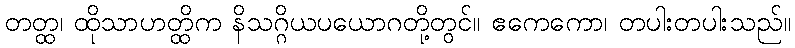
တတ္ထ၊ ထိုသာဟတ္ထိက နိသဂ္ဂိယပယောဂတို့တွင်။ ဧကေကော၊ တပါးတပါးသည်။